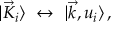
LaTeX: \vert { \vec { K } } _ { i } \rangle \, \, \leftrightarrow \, \, \vert \vec { k } , u _ { i } \rangle \, ,